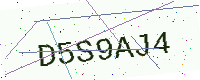
Text: D5S9AJ4